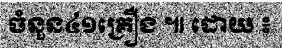
ចំនួន៤១គ្រឿង ៕ ដោយ ៖